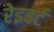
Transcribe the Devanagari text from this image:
रेइबर्ट